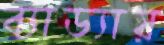
ব্যাড্যায়